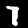
Digit: 7